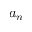
a _ { n }